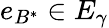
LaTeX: e_{B^{\ast}}\in E_{\gamma}